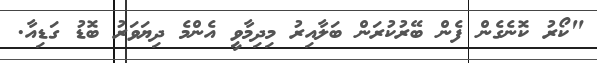
"ކޯރު ކޮނެގެން ފެން ބޭރުކުރަން ބަލާއިރު މިދިމާވީ އެންމެ ދިޔަވަރު ބޮޑު ގަޑިއާ.